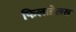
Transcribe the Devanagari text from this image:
फिलाडेलस